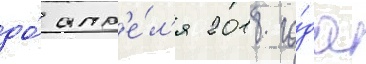
до́ апр'е́л'я 2018 го́да